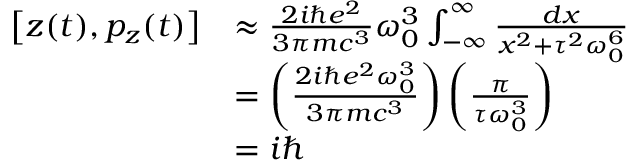
{ \begin{array} { r l } { \left[ z ( t ) , p _ { z } ( t ) \right] } & { \approx { \frac { 2 i \hbar e ^ { 2 } } { 3 \pi m c ^ { 3 } } } \omega _ { 0 } ^ { 3 } \int _ { - \infty } ^ { \infty } { \frac { d x } { x ^ { 2 } + \tau ^ { 2 } \omega _ { 0 } ^ { 6 } } } } \\ & { = \left( { \frac { 2 i \hbar e ^ { 2 } \omega _ { 0 } ^ { 3 } } { 3 \pi m c ^ { 3 } } } \right) \left( { \frac { \pi } { \tau \omega _ { 0 } ^ { 3 } } } \right) } \\ & { = i \hbar } \end{array} }